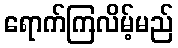
ရောက်ကြလိမ့်မည်